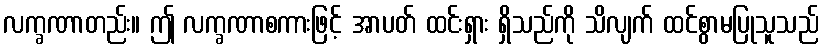
လက္ခဏာတည်း။ ဤ လက္ခဏာစကားဖြင့် အာပတ် ထင်းရှား ရှိသည်ကို သိလျက် ထင်စွာမပြုသူသည်